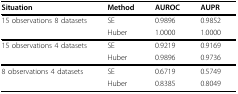
| Situation | Method | AUROC | AUPR |
 | --- | --- | --- | --- |
 | 15 observations 8 datasets | SE | 0.9896 | 0.9852 |
 |  | Huber | 1.0000 | 1.0000 |
 | 15 observations 4 datasets | SE | 0.9219 | 0.9169 |
 |  | Huber | 0.9896 | 0.9736 |
 | 8 observations 4 datasets | SE | 0.6719 | 0.5749 |
 |  | Huber | 0.8385 | 0.8049 |